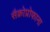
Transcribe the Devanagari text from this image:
सैक्रोप्रोफाना